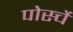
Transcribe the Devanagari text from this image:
पोर्स्चे